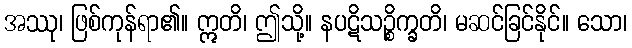
အဿု၊ ဖြစ်ကုန်ရာ၏။ ဣတိ၊ ဤသို့။ နပဋိသဉ္စိက္ခတိ၊ မဆင်ခြင်နိုင်။ သော၊